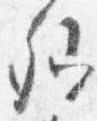
卿